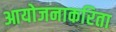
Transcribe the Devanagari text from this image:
आयोजनाकरिता